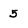
Character: 5